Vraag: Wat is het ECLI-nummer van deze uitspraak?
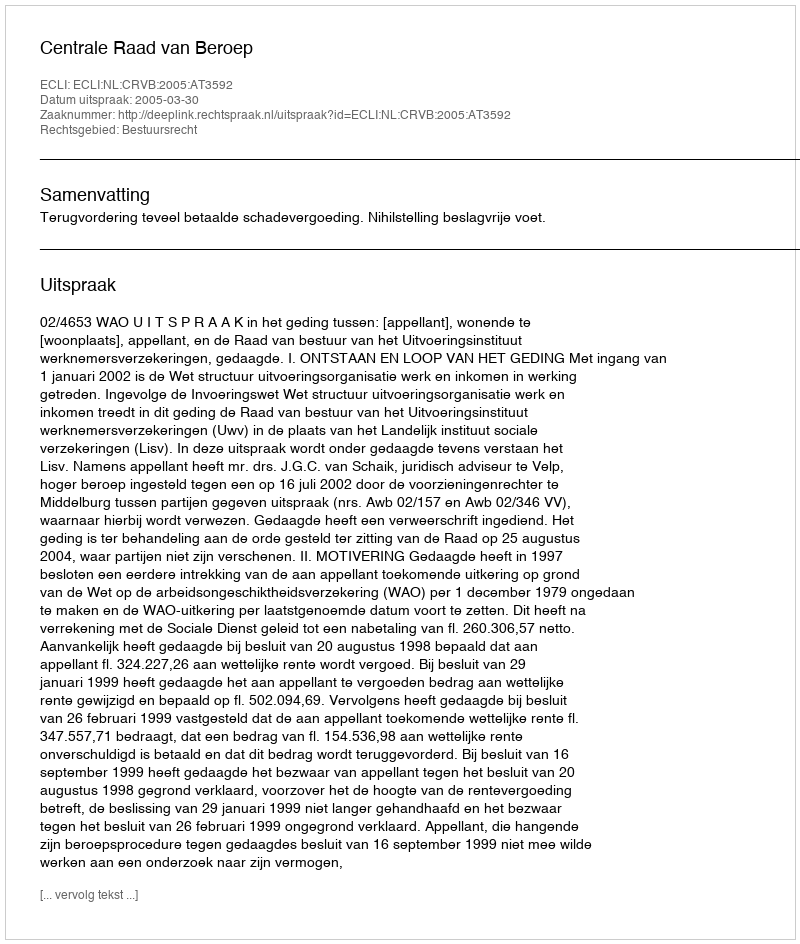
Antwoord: ECLI:NL:CRVB:2005:AT3592